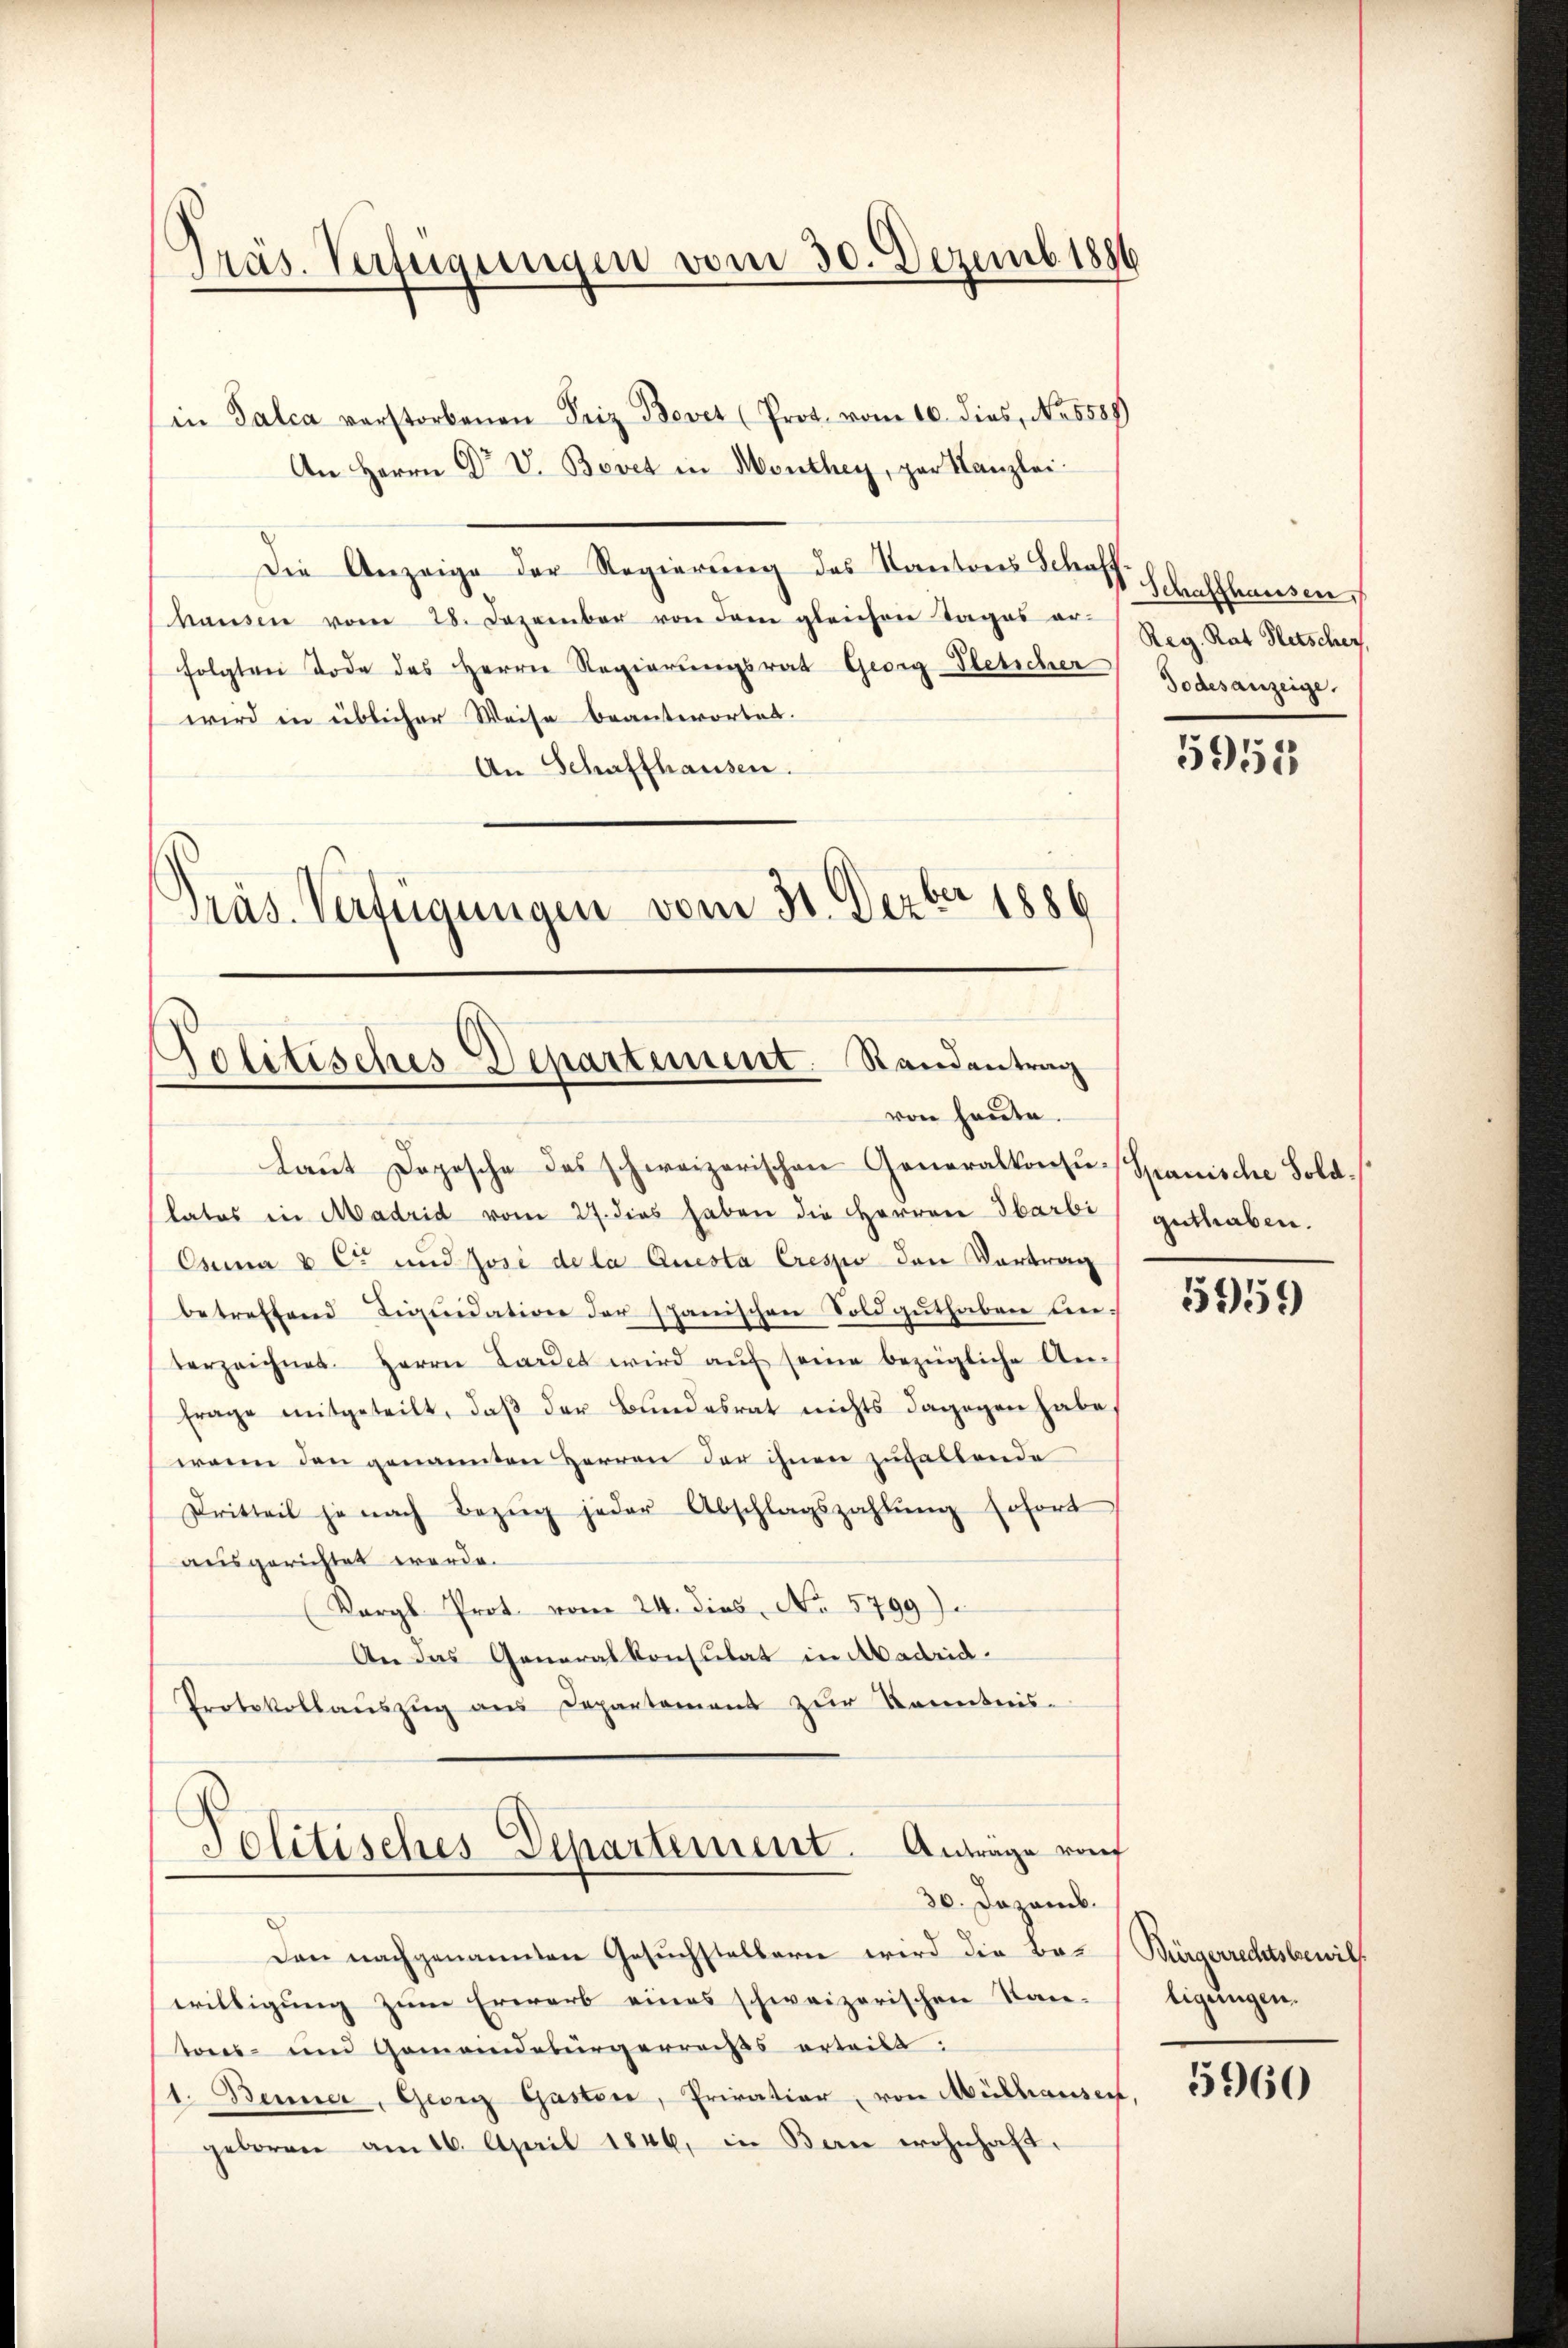
Präs. Verfügungen vom 30. Dezemb. 1886

in Falca verstorbenen Friz Bevet (Prot. vom 10. dies, No. 8588)
An Herrn Dr V. Bovet in Monthey, par Kanzlei.
Die Anzeige der Regierung des Kantons Schoff Schaffhausen
hausen vom 28. Dezember von dem gleichen Tages er-
folgten Tode des Herrn Regierungsrat Georg-Pletscher
wird in üblicher Weise beantwortet.
An Schaffhausen.
Präs. Verfügungen vom 31. Dezbr 1886

Politisches Departement. Standentrag
von heute.

laut Dopische das schweizerischen Generalkonsu-Spanische Soldlates in Madrid vom 27. dies haben die Herren Ibarbi
Conna u C. und Josi dela Questa Creszio den Vortrag
betreffend Liquidation der spanischen Fold guthaben unverzeichnet. Herrn Lardet wird aŭf seine bezügliche Anfrage mitgeteilt, daß der Bundesrat nichts dagegen habe,
wenn den genannten Herren der ihnen zuhaltende
Dritteil je nach Bezŭg jeder Abschlagszahlŭng sofort
ausgerichtet werde.
(Kargb Prot. vom 24. dies No 5799).
An das Generalkonsulat in Madrid.
Protokollaŭszŭg aŭs Departement zŭr Kenntnis-
Politisches Departement. Antrage von
36. Dezemb.
Den nachgenannten Gesuchstellern wird die Bo- (Bürgerrechtsbewilwilligung zum Erwarb eines schweizerischen Kan-
tones- und Gemeindebürgerreiss erteilt:
11. Benner, Georg Gasten, Privation, von Mülhausen,
geboren am 16. April 1846, in Bern wohnhaft.

Reg. Rat Kletscher,
dodesanzeige.

5955

guthaben.

5959)

tigungen.

5960